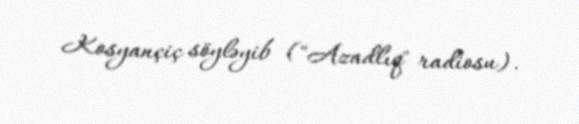
Kosyançiç söyləyib ("Azadlıq" radiosu).